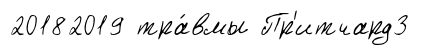
20182019 тра́вмы Пр'итчард3